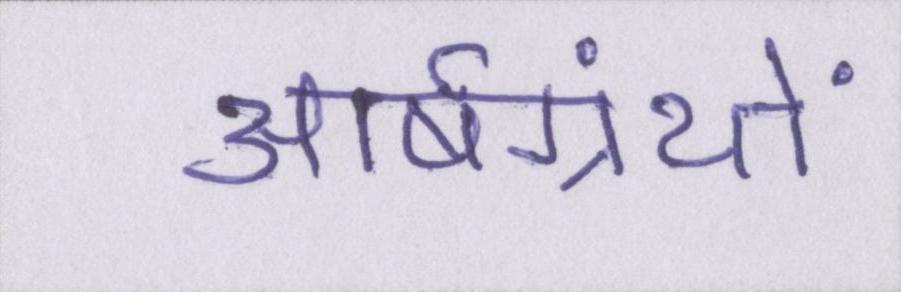
आर्षग्रंथों